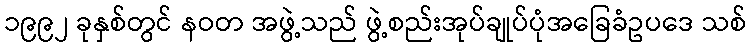
၁၉၉၂ ခုနှစ်တွင် နဝတ အဖွဲ့သည် ဖွဲ့စည်းအုပ်ချုပ်ပုံအခြေခံဥပဒေ သစ်